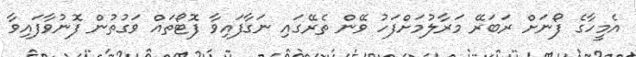
އެމީހާގެ ފޯނަށް ރަބަރޭ މަރާލުމަށްފަހު ވޭން ތެރޭގައި ނަގާފައިވާ ފޮޓޯތައް ވަގުތުން ފޮނުވާފައިވާ